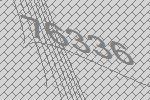
76336